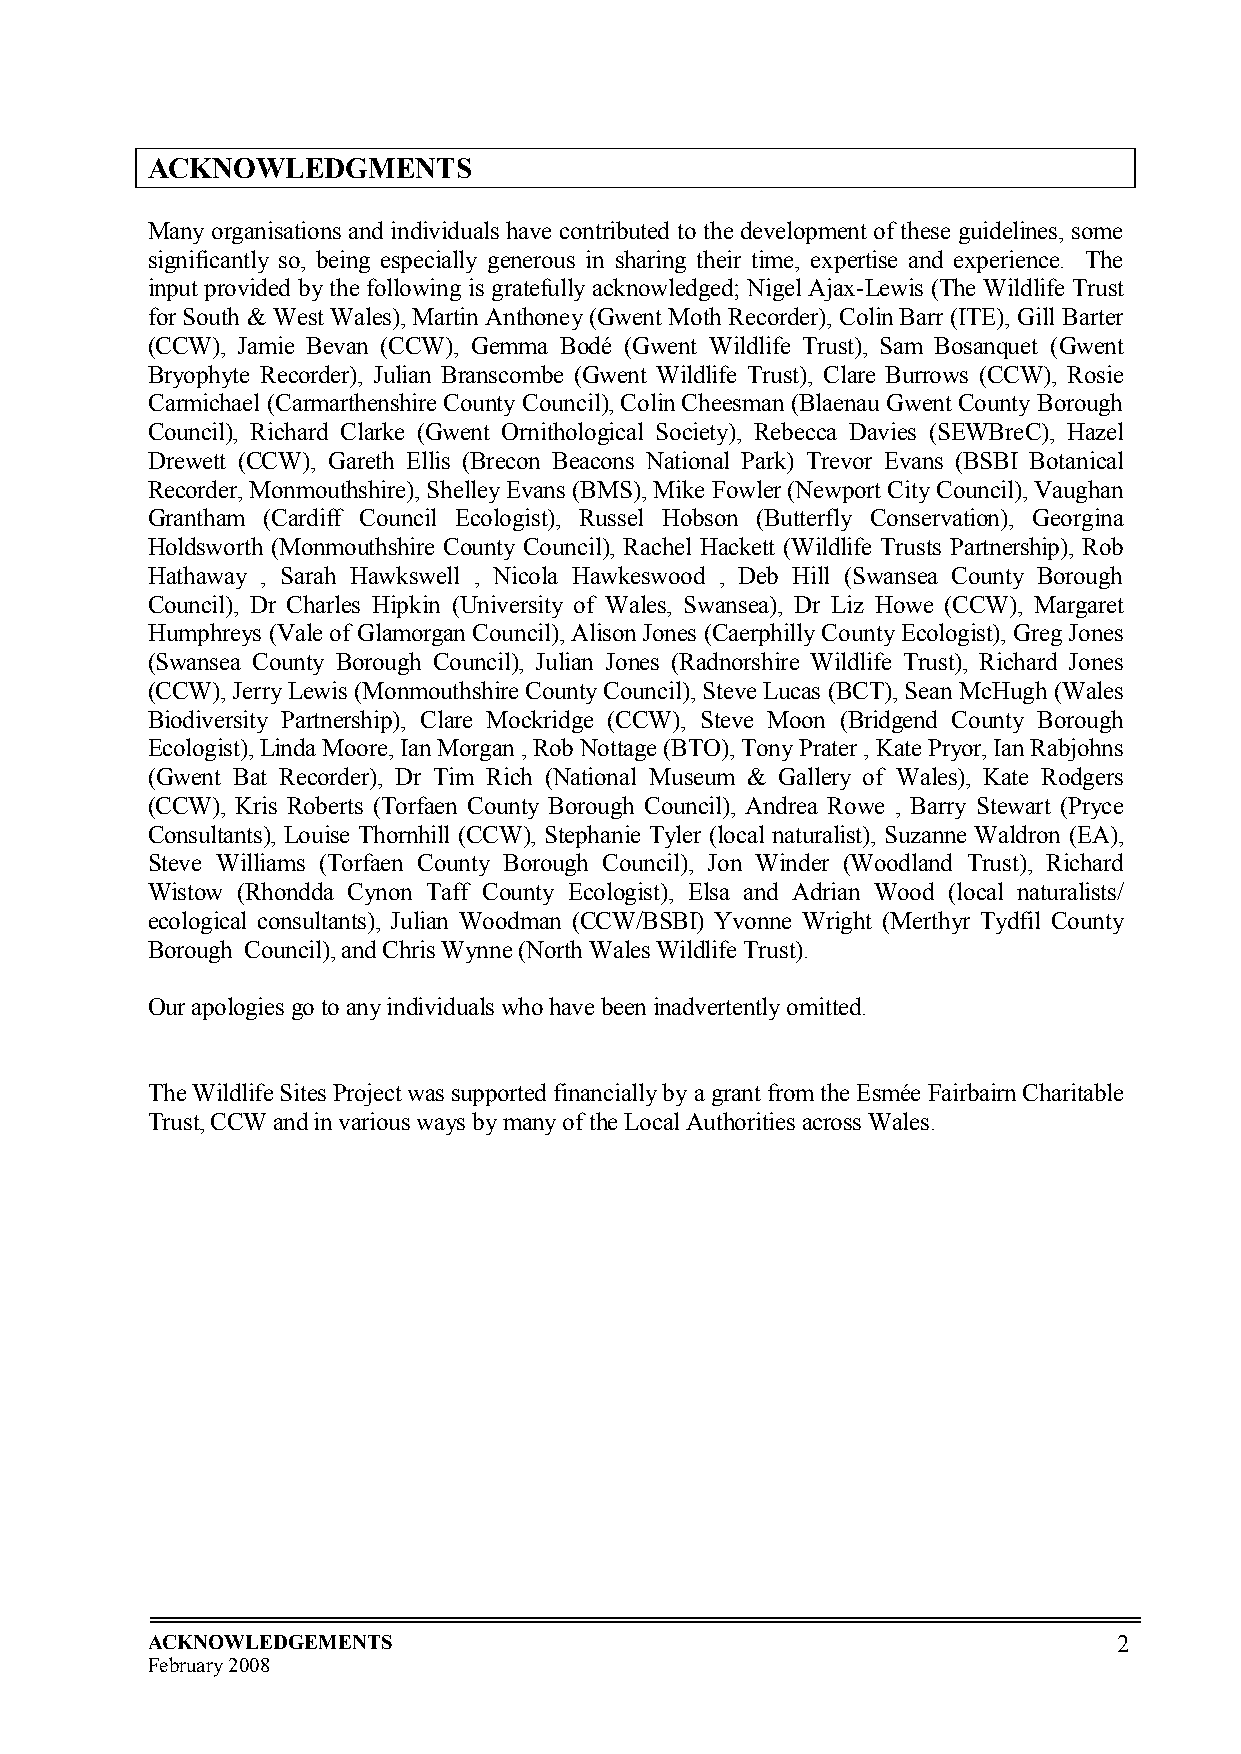
ACKNOWLEDGMENTS
 Many organisations and individuals have contributed to the development of these guidelines, some
 significantly so, being especially generous in sharing their time, expertise and experience. The
 input provided by the following is gratefully acknowledged; Nigel Ajax-Lewis (The Wildlife Trust
 for South & West Wales), Martin Anthoney (Gwent Moth Recorder), Colin Barr (ITE), Gill Barter
 (CCW), Jamie Bevan (CCW), Gemma Bodé (Gwent Wildlife Trust), Sam Bosanquet (Gwent
 Bryophyte Recorder), Julian Branscombe (Gwent Wildlife Trust), Clare Burrows (CCW), Rosie
 Carmichael (Carmarthenshire County Council), Colin Cheesman (Blaenau Gwent County Borough
 Council), Richard Clarke (Gwent Ornithological Society), Rebecca Davies (SEWBreC), Hazel
 Drewett (CCW), Gareth Ellis (Brecon Beacons National Park) Trevor Evans (BSBI Botanical
 Recorder, Monmouthshire), Shelley Evans (BMS), Mike Fowler (Newport City Council), Vaughan
 Grantham (Cardiff Council Ecologist), Russel Hobson (Butterfly Conservation), Georgina
 Holdsworth (Monmouthshire County Council), Rachel Hackett (Wildlife Trusts Partnership), Rob
 Hathaway , Sarah Hawkswell , Nicola Hawkeswood , Deb Hill (Swansea County Borough
 Council), Dr Charles Hipkin (University of Wales, Swansea), Dr Liz Howe (CCW), Margaret
 Humphreys (Vale of Glamorgan Council), Alison Jones (Caerphilly County Ecologist), Greg Jones
 (Swansea County Borough Council), Julian Jones (Radnorshire Wildlife Trust), Richard Jones
 (CCW), Jerry Lewis (Monmouthshire County Council), Steve Lucas (BCT), Sean McHugh (Wales
 Biodiversity Partnership), Clare Mockridge (CCW), Steve Moon (Bridgend County Borough
 Ecologist), Linda Moore, Ian Morgan , Rob Nottage (BTO), Tony Prater , Kate Pryor, Ian Rabjohns
 (Gwent Bat Recorder), Dr Tim Rich (National Museum & Gallery of Wales), Kate Rodgers
 (CCW), Kris Roberts (Torfaen County Borough Council), Andrea Rowe , Barry Stewart (Pryce
 Consultants), Louise Thornhill (CCW), Stephanie Tyler (local naturalist), Suzanne Waldron (EA),
 Steve Williams (Torfaen County Borough Council), Jon Winder (Woodland Trust), Richard
 Wistow (Rhondda Cynon Taff County Ecologist), Elsa and Adrian Wood (local naturalists/
 ecological consultants), Julian Woodman (CCW/BSBI) Yvonne Wright (Merthyr Tydfil County
 Borough Council), and Chris Wynne (North Wales Wildlife Trust).
 Our apologies go to any individuals who have been inadvertently omitted.
 The Wildlife Sites Project was supported financially by a grant from the Esmée Fairbairn Charitable
 Trust, CCW and in various ways by many of the Local Authorities across Wales.
 ACKNOWLEDGEMENTS                                                2
 February 2008